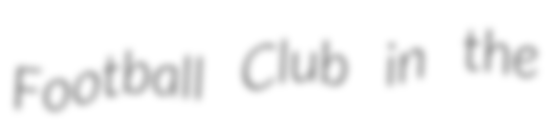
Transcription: Football Club in the